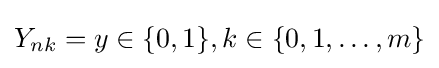
Y_{nk}=y\in \{0,1\},k\in \{0,1,\dots ,m\}